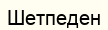
Шетпеден